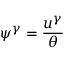
\psi ^ { \gamma } = \frac { u ^ { \gamma } } { \theta }